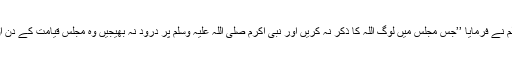
حضرت ابو ہریرہ رضی اللہ عنہ کہتے ہیں رسول اللہ صلی اللہ علیہ وسلم نے فرمایا ’’جس مجلس میں لوگ اللہ کا ذکر نہ کریں اور نبی اکرم صلی اللہ علیہ وسلم پر درود نہ بھیجیں وہ مجلس قیامت کے دن ان لوگوں کے لئے باعث حسرت ہوگی خواہ وہ نیک اعمال کے بدلے میں